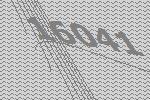
16041